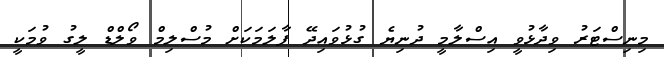
މިނިސްޓަރު ވިދާޅުވީ އިސްލާމީ ދުނިޔެ ގުޅުވައިދޭ ފާލަމަކަށް މުސްލިމް ވޯލްޑް ލީގު ވުމަކީ